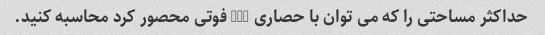
حداکثر مساحتی را که می توان با حصاری 100 فوتی محصور کرد محاسبه کنید.